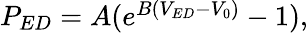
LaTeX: \begin{array}{r}{P_{ED}=A(e^{B(V_{ED}-V_{0})}-1),}\end{array}